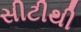
સીટીથી